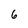
Character: 6